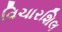
વિચારશિલ